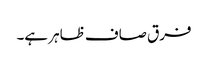
فرق صاف ظاہر ہے۔